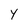
Character: Y